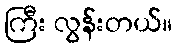
ကြီး လွန်းတယ်။